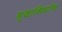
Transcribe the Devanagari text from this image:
मृदानिर्माण